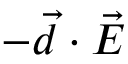
- \vec { d } \cdot \vec { E }